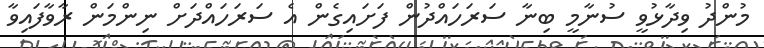
މުންދު ވިދާޅުވީ ސުނާމީ ބިނާ ސަރަހައްދުން ފަށައިގެން އެ ސަރަހައްދަށް ނިންމަން ރާވާފައިވާ